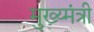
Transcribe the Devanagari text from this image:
मुख्य्मंत्री